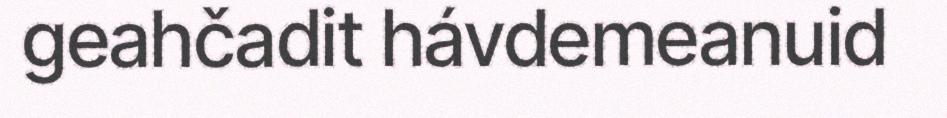
geahčadit hávdemeanuid